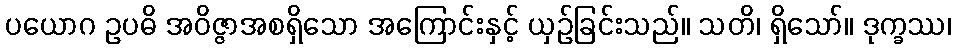
ပယောဂ ဥပဓိ အဝိဇ္ဇာအစရှိသော အကြောင်းနှင့် ယှဉ်ခြင်းသည်။ သတိ၊ ရှိသော်။ ဒုက္ခဿ၊